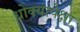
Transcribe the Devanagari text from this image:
धोक्यांपेक्षा